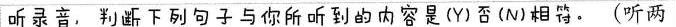
听录音，判断下列句子与你所听到的内容是(Y)否(N)相特。(听两